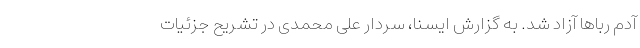
آدم ربا‌ها آزاد شد. به گزارش ایسنا، سردار علی محمدی در تشریح جزئیات